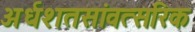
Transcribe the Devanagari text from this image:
अर्धशतसांवत्सरिक